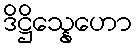
ဒိဋ္ဌိသ္နေဟော